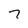
Character: 7